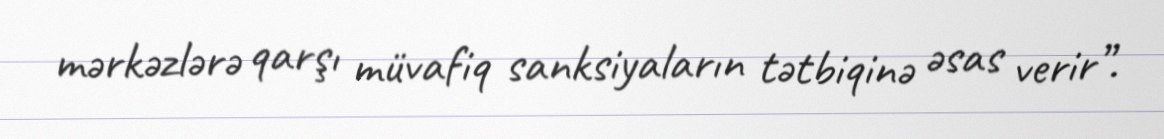
mərkəzlərə qarşı müvafiq sanksiyaların tətbiqinə əsas verir”.